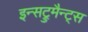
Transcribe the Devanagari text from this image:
इन्सट्रुमैन्ट्स